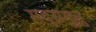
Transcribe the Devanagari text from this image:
गद्यगुरु